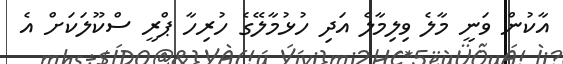
އާކުން ވަނީ މާލެ ވިލިމާލެ އަދި ހުޅުމާލޭގެ ހުރިހާ ޕްރީ ސްކޫލަކަށް އެ